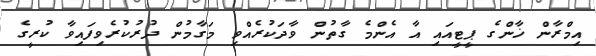
އިމްރާން ޚާންގެ ޕީޓީއައި އާ އެންމެ ގާތުން ވާދަކުރެއްވި މަގާމުން ދުރުކުރެވިފައިވާ ކުރީގެ